Report of the Indian Hemp Drugs Commission, 1894-1895 - Volume IV
Year: 1894
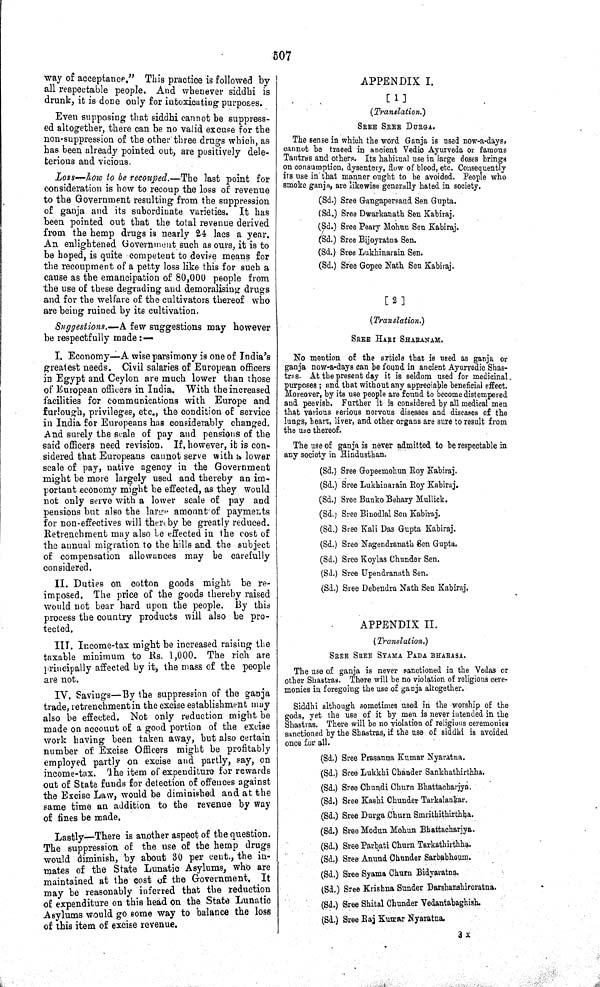
507
way of acceptance." This practice is followed by
all respectable people. And whenever siddhi is
drunk, it is done only for intoxicating purposes.
Even supposing that siddhi cannot be suppress-
ed altogether, there can be no valid excuse for the
non-suppression of the other three drugs which, as
has been already pointed out, are positively dele-
terious and vicious.
Loss—how to be recouped.—The
last point for
consideration is how to recoup the loss of revenue
to the Government resulting from the suppression
of ganja and its subordinate varieties. It has
been pointed out that the total revenue derived
from the hemp drugs is nearly 24 lacs a year.
An enlightened Government such as ours, it is to
be hoped, is quite competent to devise means for
the recoupment of a petty loss like this for such a
cause as the emancipation of 80,000 people from
the use of these degrading and demoralising drugs
and for the welfare of the cultivators thereof who
are being ruined by its cultivation.
Suggestions.—A few suggestions may however
be respectfully made:—
I. Economy—A wise parsimony is one of India's
greatest needs. Civil salaries of European officers
in Egypt and Ceylon are much lower than those
of European officers in India. With the increased
facilities for communications with Europe and
furlough, privileges, etc., the condition of service
in India for Europeans has considerably changed.
And surely the scale of pay and pensions of the
said officers need revision. If, however, it is con-
sidered that Europeans cannot serve with a lower
scale of pay, native agency in the Government
might be more largely used and thereby an im-
portant economy might be effected, as they would
not only serve with a lower scale of pay and
pensions but also the large amount of payments
for non-effectives will there by be greatly reduced.
Retrenchment may also be effected in the cost of
the annual migration to the hills and the subject
of compensation allowances may be carefully
considered.
II. Duties on cotton goods might be re-
imposed. The price of the goods thereby raised
would not bear hard upon the people. By this
process the country products will also be pro-
tected.
III. Income-tax might be increased raising the
taxable minimum to Rs. 1,000. The rich are
principally affected by it, the mass of the people
are not.
IV. Savings—By the suppression of the ganja
trade, retrenchment in the excise establishment may
also be effected. Not only reduction might be
made on account of a good portion of the excise
work having been taken away, but also certain
number of Excise Officers might be profitably
employed partly on excise and partly, say, on
income-tax. The item of expenditure for rewards
out of State funds for detection of offences against
the Excise Law, would be diminished and at the
same time an addition to the revenue by way
of fines be made.
Lastly—There is another aspect of the question.
The suppression of the use of the hemp drugs
would diminish, by about 30 per cent., the in-
mates of the State Lunatic Asylums, who are
maintained at the cost of the Government.
It
may be reasonably inferred that the reduction
of expenditure on this head on the State Lunatic
Asylums would go some way to balance the loss
of this item of excise revenue.
APPENDIX I.
[1]
(Translation.)
SREE SREE DURGA.
The sense in which the word Ganja is used now-a-days,
cannot be traced in ancient Vedic Ayurveda or famous
Tantras and others. Its habitual use in large doses brings
on consumption, dysentery, flow of blood, etc. Consequently
its use in that manner ought to be avoided. People who
smoke ganja, are likewise generally hated in society.
(Sd.) Sree Gangapersaud Sen Gupta.
(Sd.) Sree Dwarkanath Sen Kabiraj.
(Sd.) Sree Peary Mohun Sen Kabiraj.
(Sd.) Sree Bijoyratna Sen.
(Sd.) Sree Lukhinarain Sen.
(Sd.) Sree Gopee Nath Sen Kabiraj.
[2]
(Translation.)
SREE HARI SHARNAM.
No mention of the article that is used as ganja or
ganja now-a-days can be found in ancient Ayurvedic Shas-
tras. At the present day it is seldom used for medicinal
purposes; and that without any appreciable beneficial effect.
Moreover, by its use people are found to become distempered
and peevish. Further it is considered by all medical men
that various serious nervous diseases and diseases of the
lungs, heart, liver, and other organs are sure to result from
the use thereof.
The use of ganja is never admitted to be respectable in
any society in Hindusthan.
(Sd.) Sree Gopeemohun Roy Kabiraj.
(Sd.) Sree Lukhinarain Roy Kabiraj.
(Sd.) Sree Bunko Behary Mullick.
(Sd.) Sree Binodlal Sen Kabiraj.
(Sd.) Sree Kali Das Gupta Kabiraj.
(Sd.) Sree Nagendranath Sen Gupta.
(Sd.) Sree Koylas Chunder Sen.
(Sd.) Sree Upendranath Sen.
(Sd.) Sree Debendra Nath Sen Kabiraj.
APPENDIX II.
(Translation.)
SREE SREE SYAMA PADA BHARASA.
The use of ganja is never sanctioned in the Vedas or
other Shastras. There will be no violation of religious cere-
monies in foregoing the use of ganja altogether.
Siddhi although sometimes used in the worship of the
gods, yet the use of it by men is never intended in the
Shastras. There will be no violation of religious ceremonies
sanctioned by the Shastras, if the use of siddhi is avoided
once for all.
(Sd.) Sree Prasanna Kumar Nyaratna.
(Sd.) Sree Lukkhi Chander Sankhathirthha.
(Sd.) Sree Chundi Churn Bhattacharjya.
(Sd.) Sree Kashi Chunder Tarkalankar.
(Sd.) Sree Durga Churn Smrithithirthha.
(Sd.) Sree Modun Mohun Bhattacharjya.
(Sd.) Sree Parbati Churn Tarkathirthha.
(Sd.) Sree Anund Chunder Sarbabhoum.
(Sd.) Sree Syama Churn Bidyaratna.
(Sd.) Sree Krishna Sunder Darshanshiroratna.
(Sd.) Sree Shital Chunder Vedantabaghish.
(Sd.) Sree Raj Kumar Nyaratna.
3 X